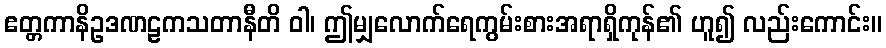
ဧတ္တကာနိဥဒဏဠကသတာနီတိ ဝါ၊ ဤမျှလောက်ရေကွမ်းစားအရာရှိကုန်၏ ဟူ၍ လည်းကောင်း။